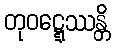
တုဝဋ္ဋေဿန္တိ